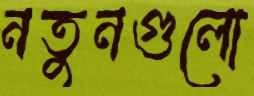
নতুনগুলো